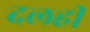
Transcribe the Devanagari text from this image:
दलही